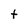
Character: t